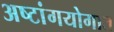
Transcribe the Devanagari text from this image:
अष्टांगयोगात